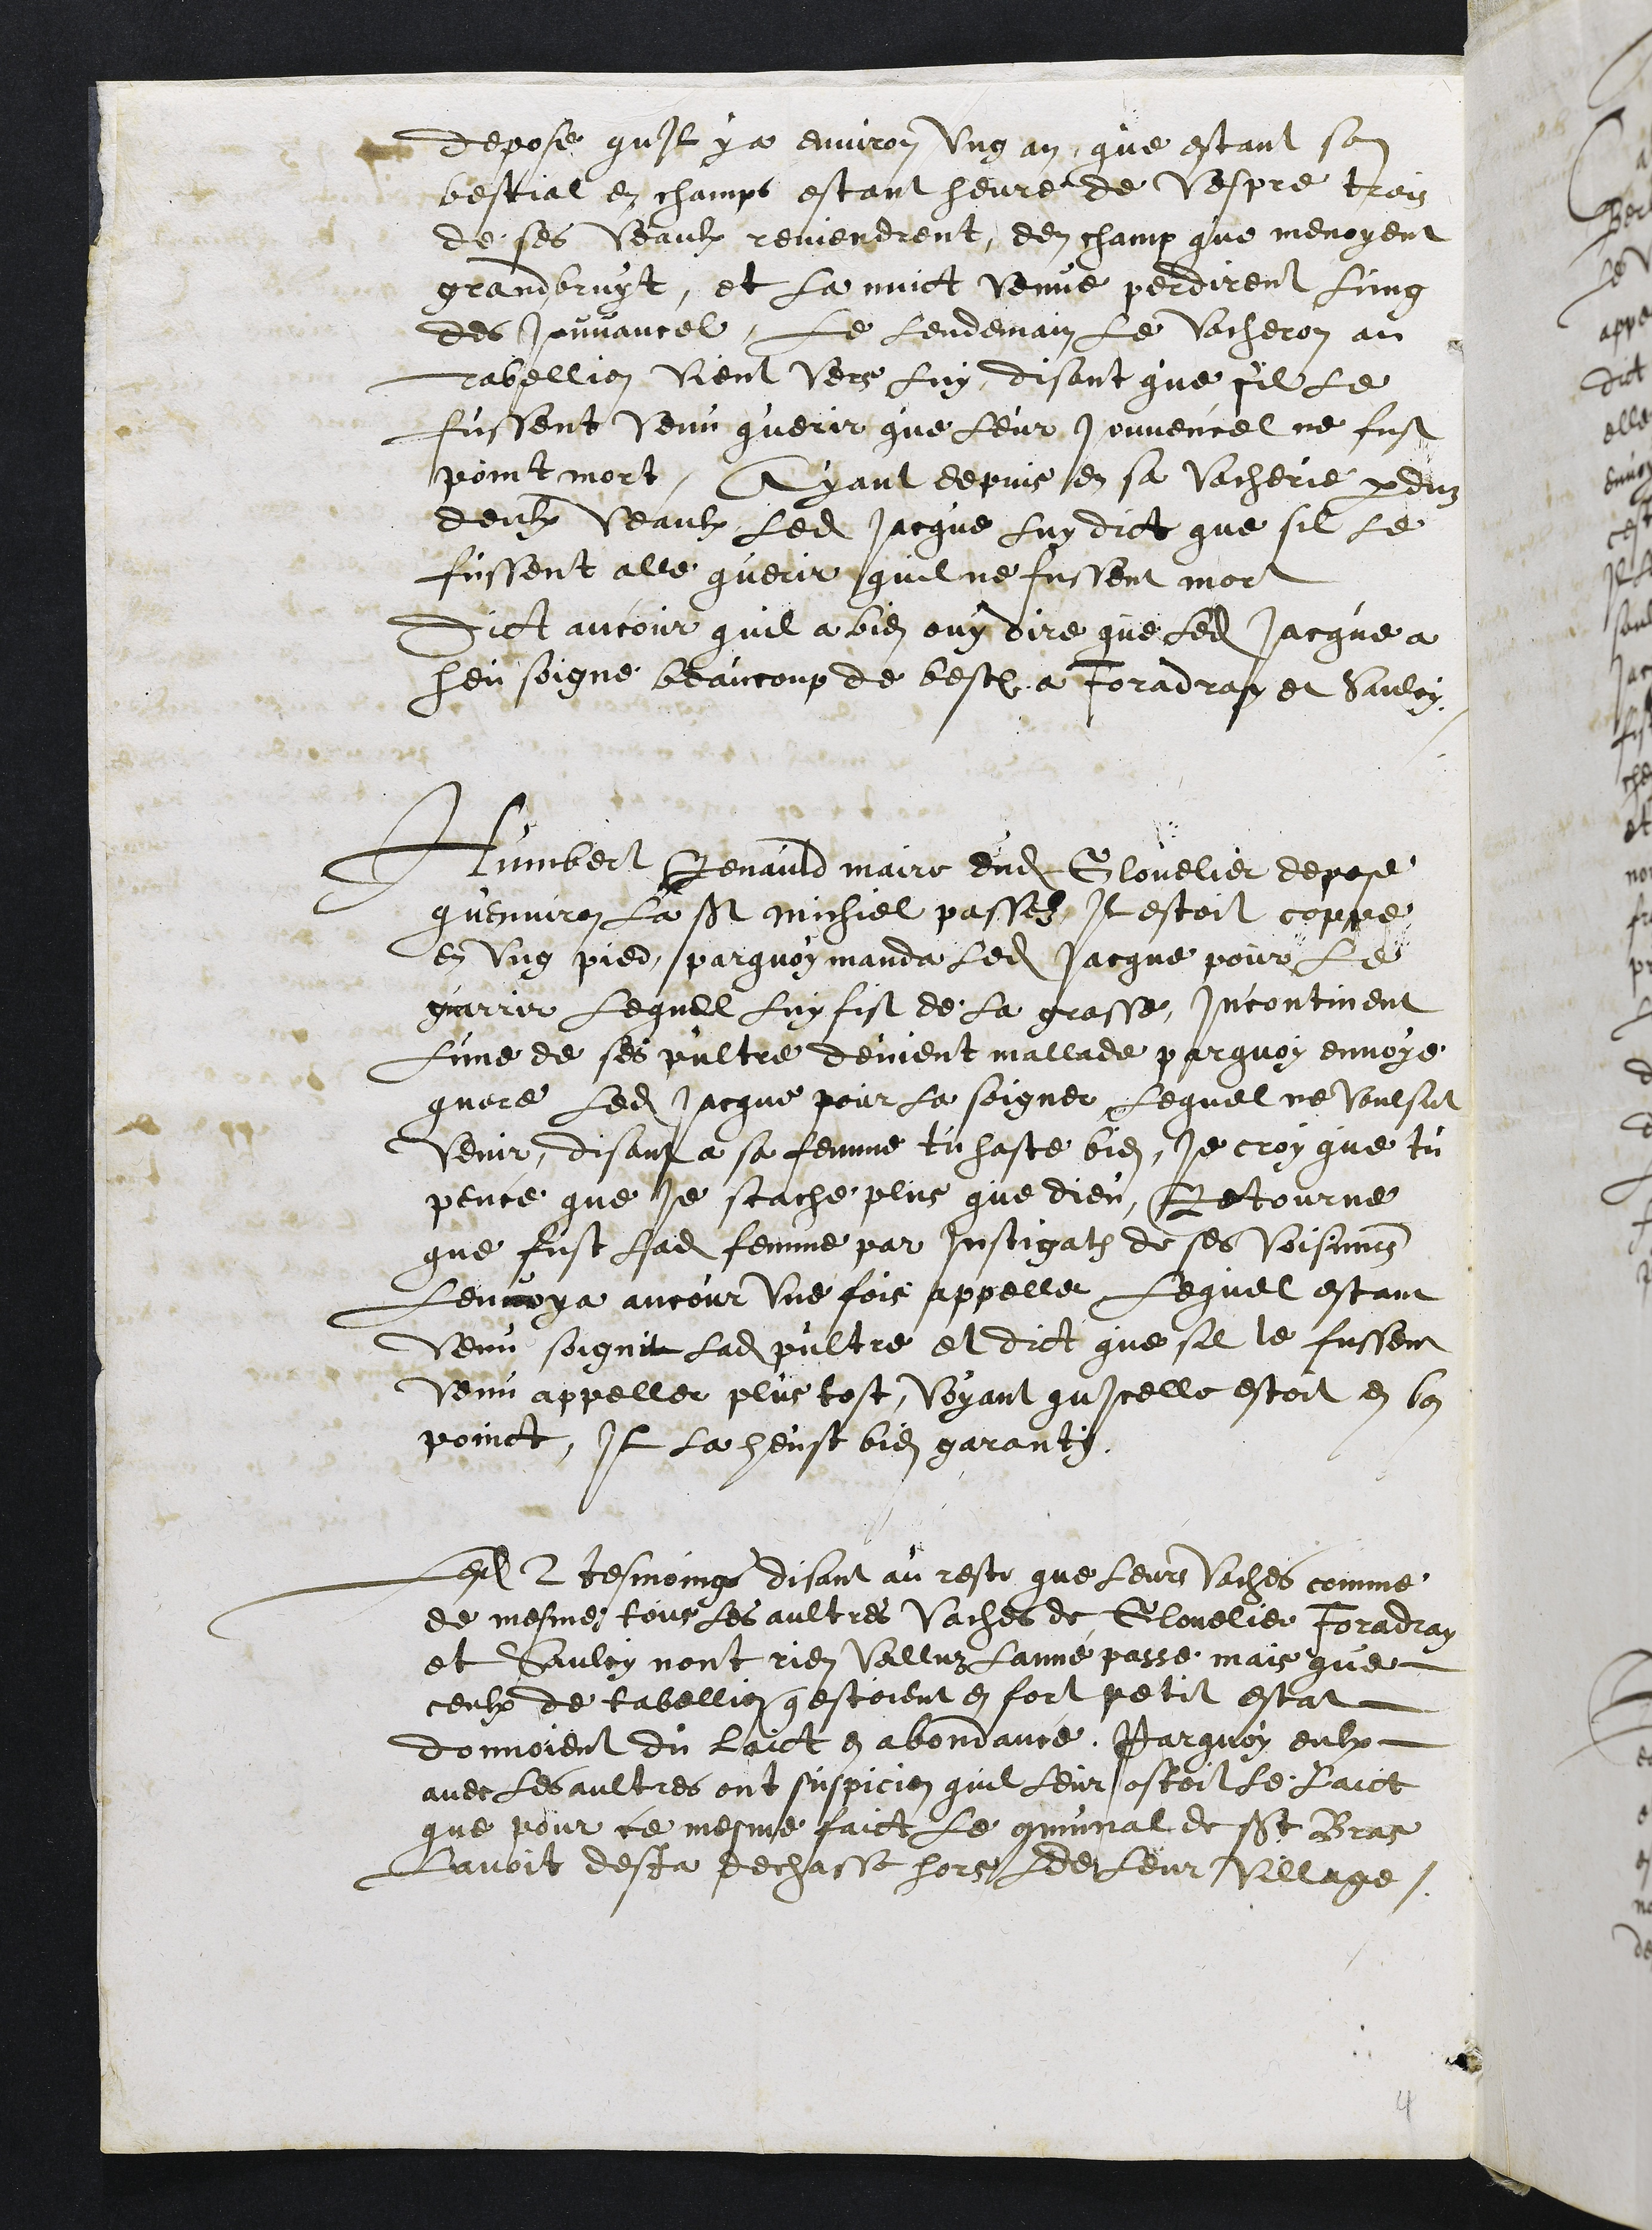
Depose quil y a environ ung an, que estant son
bestial en champs estant heure de vespre trois
de ses veaulx reviendrent den champ que menoyent
grand bruyt, et la nuict venue perdirent lung
des Jouvancel, Le lendemain le vacheron au
Tabellion vient vers luy disant que sil le
fussent venu querir que Leur jouvencel ne fust
point mort. Ayant depuis en sa vacherie perduz
deulx veaulx ledit Jacque luy dict que sil le
fussent alle querir quil ne fussent mort
Dict ancour quil a bien ouy dire que ledit Jacque a
heu soigne beaucoup de best a Foradray et Saulcy
Humbert Renauld maire dudit Glovelier depose
quenviron la St Michiel passez, Il estoit coppe
en ung pied parquoy manda ledit Jacque pour le
guarrir lequel luy fist de la grasse, Incontinent
lune de ses pultre devient mallade parquoy envoye
quere ledit Jacque pour la soigner, Lequel ne voulsut
venir, disant a sa femme tu haste bien, Je croy que tu
pence que je scache plus que dieu, Retourne
que fust ladite femme par instigation de ses voisinnes
lenvoya ancour une fois appeller, Lequel estant
venu soignit ladite pultre et dict que se le fussent
Venu appeller plus tost, Voyant quicelle estoit en bon
poinct, Il la heust bien garanty.
Lesdits 2 tesmoings disant au reste que leurs vaches comme
de mesme tous les aultres Vaches de Glovelier Foradray
et Saulcy nont rien valluz lanné passe mais que
ceulx de tabellion que estoient en fort petit estat
donnoient du laict en abondance, Parquoy eulx
avec les aultres ont suspicion quil leur ostoit le laict
que pour ce mesme faict le communal de St Bras
Lavoit desja dechasse hors de Leur village.

4